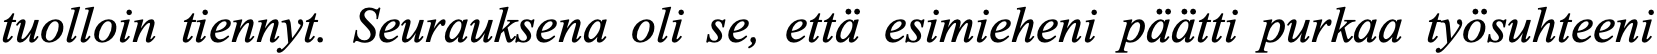
tuolloin tiennyt. Seurauksena oli se, että esimieheni päätti purkaa työsuhteeni